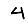
Digit: 4